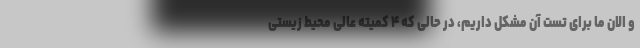
و الان ما برای تست آن مشکل داریم، در حالی که ۴ کمیته عالی محیط زیستی